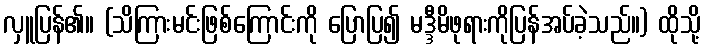
လှူပြန်၏။ (သိကြားမင်းဖြစ်ကြောင်းကို ပြောပြ၍ မဒ္ဒီမိဖုရားကိုပြန်အပ်ခဲ့သည်။) ထိုသို့